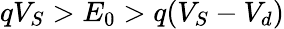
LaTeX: qV_{S}>E_{0}>q(V_{S}-V_{d})